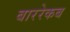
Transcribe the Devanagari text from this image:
बाररेकब